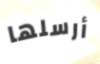
أرسلها